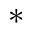
^ *